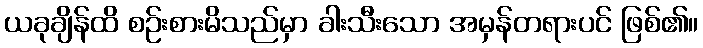
ယခုချိန်ထိ စဉ်းစားမိသည်မှာ ခါးသီးသော အမှန်တရားပင် ဖြစ်၏။